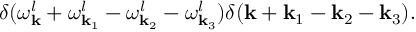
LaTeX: \delta ( \omega _ { \bf k } ^ { l } + \omega _ { { \bf k } _ { 1 } } ^ { l } - \omega _ { { \bf k } _ { 2 } } ^ { l } - \omega _ { { \bf k } _ { 3 } } ^ { l } ) \delta ( { \bf k } + { \bf k } _ { 1 } - { \bf k } _ { 2 } - { \bf k } _ { 3 } ) .